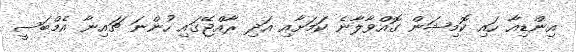
އިންޑިއާ ހައި ކޮމިޝަން ގޮއްވާލާނެ ކަމަށާއި އަދި ރާއްޖޭގައި ހުންނަ ޗައިނާ އެމްބަސީ